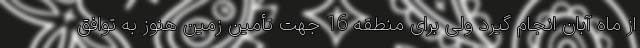
از ماه آبان انجام گیرد ولی برای منطقه 16 جهت تأمین زمین هنوز به توافق